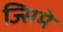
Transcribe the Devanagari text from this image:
ज्सिमे